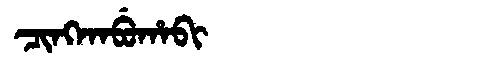
Manchu: ᠴᡳᠩᡴᠠᠪᡠᡥᠠᠪᡳ
Romanization: CINGKABUHABI